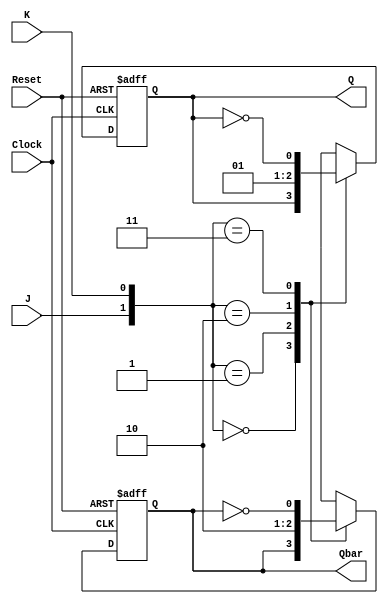
module negative_edge_triggered_jk_flipflop(
    input J,
    input K,
    input Clock,
    input Reset,
    output reg Q,
    output reg Qbar
);

always @(negedge Clock or posedge Reset)
begin
    if (Reset)
    begin
        Q <= 1'b0;
        Qbar <= 1'b1;
    end
    else
    begin
        case({J, K})
            2'b00: begin // no change
                Q <= Q;
                Qbar <= Qbar;
            end
            2'b01: begin // reset
                Q <= 1'b0;
                Qbar <= 1'b1;
            end
            2'b10: begin // set
                Q <= 1'b1;
                Qbar <= 1'b0;
            end
            2'b11: begin // toggle
                Q <= ~Q;
                Qbar <= ~Qbar;
            end
        endcase
    end
end

endmodule